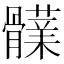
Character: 𩪫